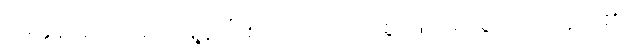
မေးခွန်းများထဲမှ ထိုမြို့နယ် စိတ်မသက်သာစွာဖြင့် များစွာသောသူတို့၏